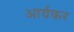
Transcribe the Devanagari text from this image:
आर्यकर